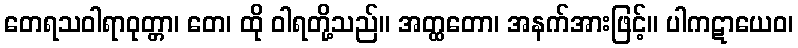
တေရသဝါရာဝုတ္တာ၊ တေ၊ ထို ဝါရတို့သည်။ အတ္ထတော၊ အနက်အားဖြင့်။ ပါကဋာယေဝ၊